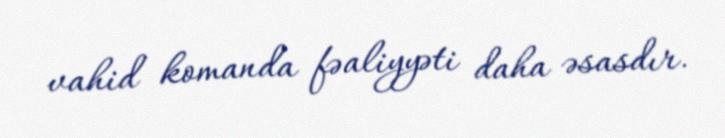
vahid komanda fəaliyyəti daha əsasdır.